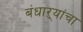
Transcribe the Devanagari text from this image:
बंधाऱ्यांचा